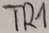
Text: TR1